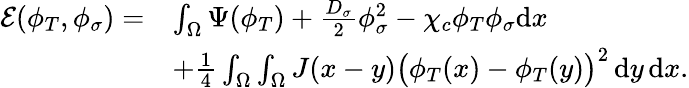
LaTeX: \begin{array}{rl}{\mathcal{E}(\phi_{T},\phi_{\sigma})=}&{\int_{\Omega}\Psi(\phi_{T})+\frac{D_{\sigma}}{2}\phi_{\sigma}^{2}-\chi_{c}\phi_{T}\phi_{\sigma}\mathrm{d}x}\\ &{+\frac 14\int_{\Omega}\int_{\Omega}J(x-y)\big(\phi_{T}(x)-\phi_{T}(y)\big)^{2}\, \mathrm{d}y\, \mathrm{d}x.}\end{array}